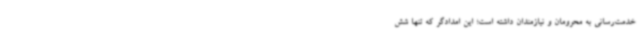
خدمت‌رسانی به محرومان و نیازمندان داشته است؛ این امدادگر که تنها شش